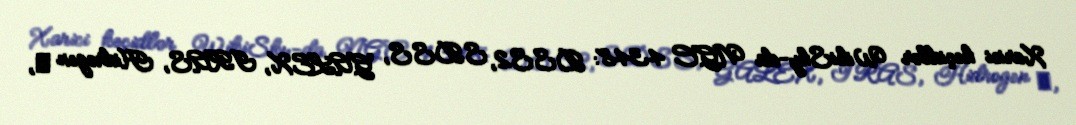
Xarici keçidlər WikiSky-da NGC 4348: DSS2, SDSS, GALEX, IRAS, Hidrogen α,